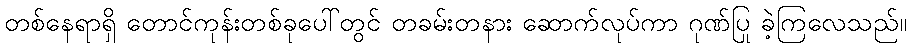
တစ်နေရာရှိ တောင်ကုန်းတစ်ခုပေါ်တွင် တခမ်းတနား ဆောက်လုပ်ကာ ဂုဏ်ပြု ခဲ့ကြလေသည်။